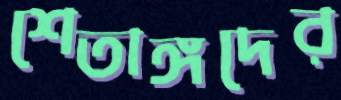
শেতাঙ্গদের